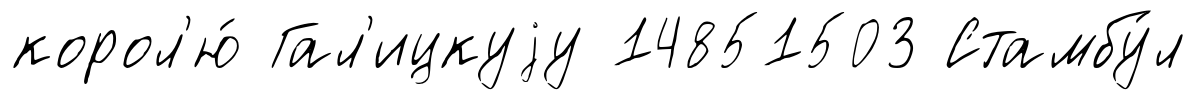
корол'ю́ Гал'ицкуjу 14851503 Стамбу́л